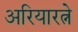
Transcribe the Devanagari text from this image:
अरियारत्ने